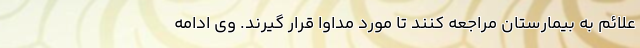
علائم به بیمارستان مراجعه کنند تا مورد مداوا قرار گیرند. وی ادامه